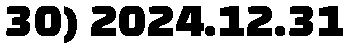
30) 2024.12.31